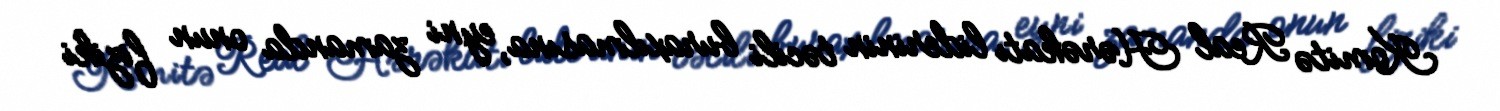
Komitə Real Hərəkatı liderinin təcili buraxılmasına, eyni zamanda onun fiziki